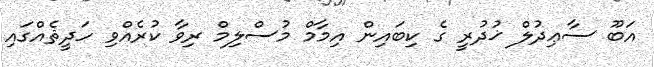
އަބޫ ސާޢިދުލް ޚުދުރީ ގެ ކިބައިން އިމާމް މުސްލިމް ރިވާ ކުރެއްވި ހަދީޘެއްގައި